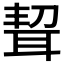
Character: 𦕥